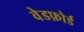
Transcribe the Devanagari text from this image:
वेडफ़ोर्ड